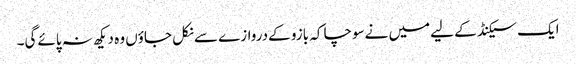
ایک سیکنڈ کے لیےمیں نےسوچا کہ بازو کےدروازے سےنکل جاؤں وہ دیکھ نہ پائےگی۔